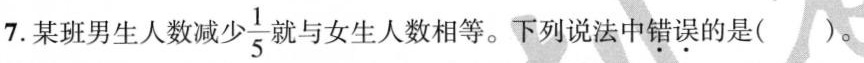
7.某班男生人数减 \frac{1}{5} 就与女生人数相等。下列说法中错误的是( )。